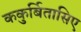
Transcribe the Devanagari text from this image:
ककुर्बितासिए